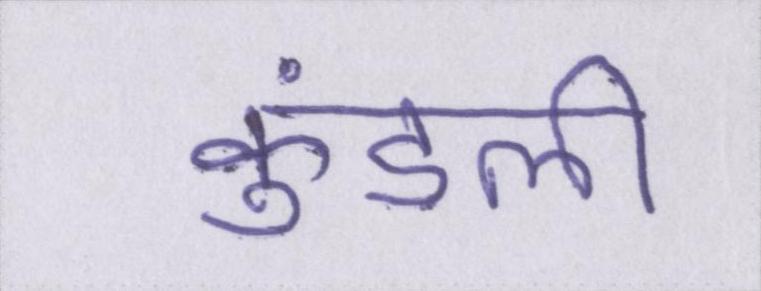
कुंडली